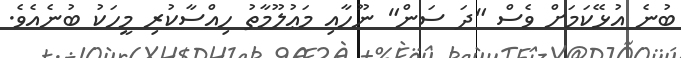
ބުނެ އުޅޭކަމަށް ވެސް "ދަ ސަން" ނޫހާއި މަޢުލޫމާތު ހިއްސާކުރި މީހަކު ބުނެއެވެ.